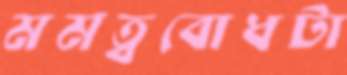
মমত্ববোধটা